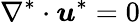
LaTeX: \nabla^{*}\cdot\boldsymbol u^{*}=0